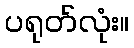
ပရုတ်လုံး။